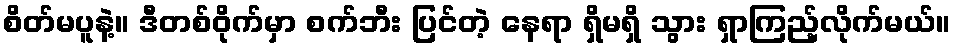
စိတ်မပူနဲ့။ ဒီတစ်ဝိုက်မှာ စက်ဘီး ပြင်တဲ့ နေရာ ရှိမရှိ သွား ရှာကြည့်လိုက်မယ်။